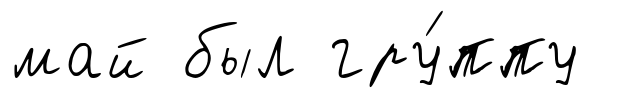
май был гру́ппу